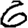
Digit: 6